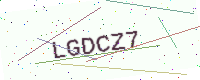
Text: LGDCZ7